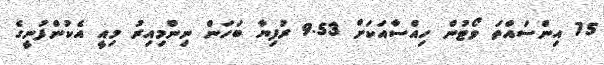
75 އިންސައްތަ ވޯޓުން ހިއްސާއަކަށް 9.53 ރުފިޔާ ބަހަން ނިންމިއިރު މިއީ އެކުންފުނީގެ